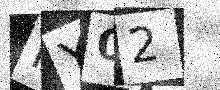
Text: IY02